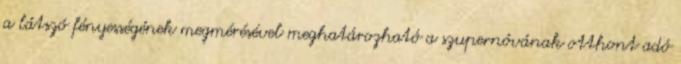
a látszó fényességének megmérésével meghatározható a szupernóvának otthont adó